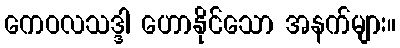
ကေဝလသဒ္ဒါ ဟောနိုင်သော အနက်များ။